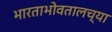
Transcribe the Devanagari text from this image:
भारताभोवतालच्या